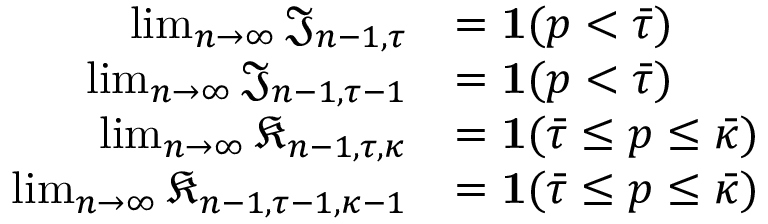
\begin{array} { r l } { \operatorname* { l i m } _ { n \to \infty } \mathfrak { J } _ { n - 1 , \tau } } & { = \mathbf { 1 } ( p < \bar { \tau } ) } \\ { \operatorname* { l i m } _ { n \to \infty } \mathfrak { J } _ { n - 1 , \tau - 1 } } & { = \mathbf { 1 } ( p < \bar { \tau } ) } \\ { \operatorname* { l i m } _ { n \to \infty } \mathfrak { K } _ { n - 1 , \tau , \kappa } } & { = \mathbf { 1 } ( \bar { \tau } \le p \le \bar { \kappa } ) } \\ { \operatorname* { l i m } _ { n \to \infty } \mathfrak { K } _ { n - 1 , \tau - 1 , \kappa - 1 } } & { = \mathbf { 1 } ( \bar { \tau } \le p \le \bar { \kappa } ) } \end{array}